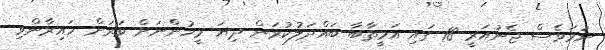
ނަމަވެސް ޖެނުއަރީ 18 ގައި އަމީތާބާ ބައްދަލުކުރަން ދިޔަ މީހުންނަށް ވަރަށް ހައިރާންވި